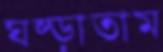
ঘষ্‌ড়াতাম